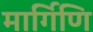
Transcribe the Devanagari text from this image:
मार्गिणि